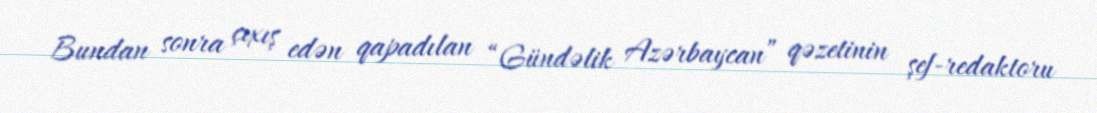
Bundan sonra çıxış edən qapadılan “Gündəlik Azərbaycan” qəzetinin şef-redaktoru